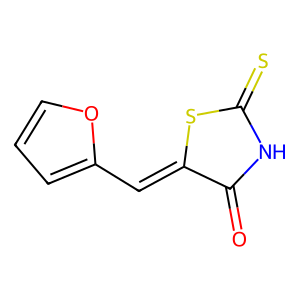
SMILES: O=C1NC(=S)SC1=Cc1ccco1
Inhibits HIV replication: No